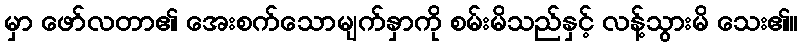
မှာ ဖော်လတာ၏ အေးစက်သောမျက်နှာကို စမ်းမိသည်နှင့် လန့်သွားမိ သေး၏။